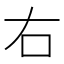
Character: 右